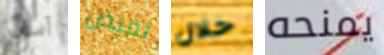
آسف تفيض خلال يمنحه